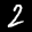
Label: 2